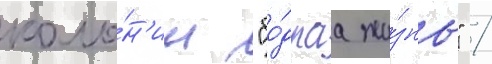
коло́н'ии "бо́драа жи́знь" /